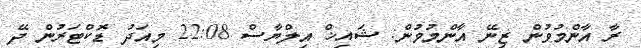
ރާ އާންމުވުން ޒިނޭ އާންމުވުން: ޝައިޚް އިލްޔާސް 22:08 މިއަދު ޑޮކްޓަރުން ދޭ